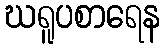
ဃရူပစာရေန